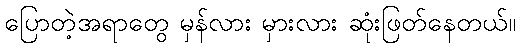
ပြောတဲ့အရာတွေ မှန်လား မှားလား ဆုံးဖြတ်နေတယ်။